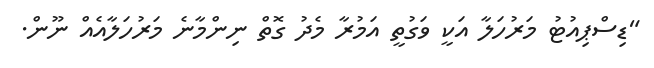
"ޑިސްޕިއުޓު މަރުހަލާ އަކީ ވަގުތީ އަމުރާ މެދު ގޮތް ނިންމާނެ މަރުހަލާއެއް ނޫން.